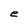
Character: e